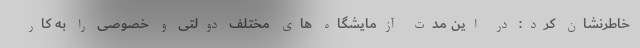
خاطرنشان کرد: در این مدت آزمایشگاه های مختلف دولتی و خصوصی را به کار